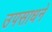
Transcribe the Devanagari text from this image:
उपसाधने